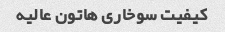
کیفیت سوخاری هاتون عالیه